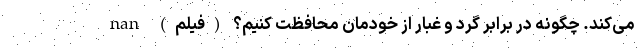
می‌کند. چگونه در برابر گرد و غبار از خودمان محافظت کنیم؟ (فیلم) nan